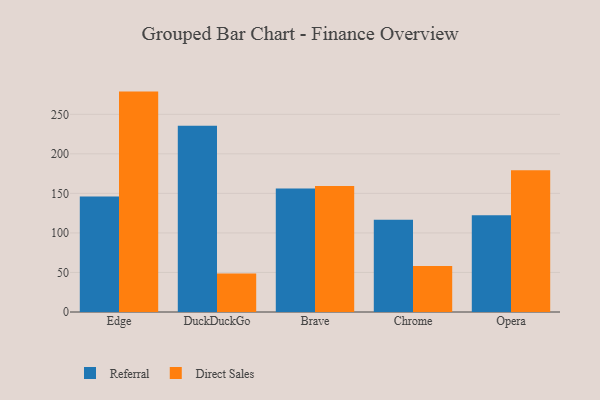
{"axis": {"x": "Browser", "y": "Customer Acquisition Cost (USD)"}, "legend": ["Direct Sales", "Referral"], "data": [{"x": "Edge", "y": 146.0, "type": "Referral"}, {"x": "Edge", "y": 278.7, "type": "Direct Sales"}, {"x": "DuckDuckGo", "y": 235.5, "type": "Referral"}, {"x": "DuckDuckGo", "y": 48.7, "type": "Direct Sales"}, {"x": "Brave", "y": 156.2, "type": "Referral"}, {"x": "Brave", "y": 159.4, "type": "Direct Sales"}, {"x": "Chrome", "y": 116.8, "type": "Referral"}, {"x": "Chrome", "y": 58.2, "type": "Direct Sales"}, {"x": "Opera", "y": 122.5, "type": "Referral"}, {"x": "Opera", "y": 179.4, "type": "Direct Sales"}]}